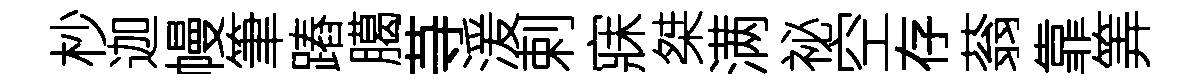
杪迦幔筆蹖臈䒭湲剌寐桀满祕空存蓊靠筭